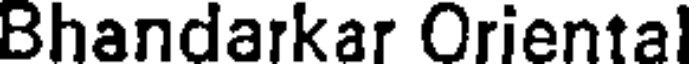
Bhandarkar Oriental